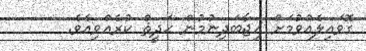
ގޮވައިލެއްވުމަށް އިޖާބަދިނުމުން ޙަދީޘް ކުރެއްވިއެވެ.